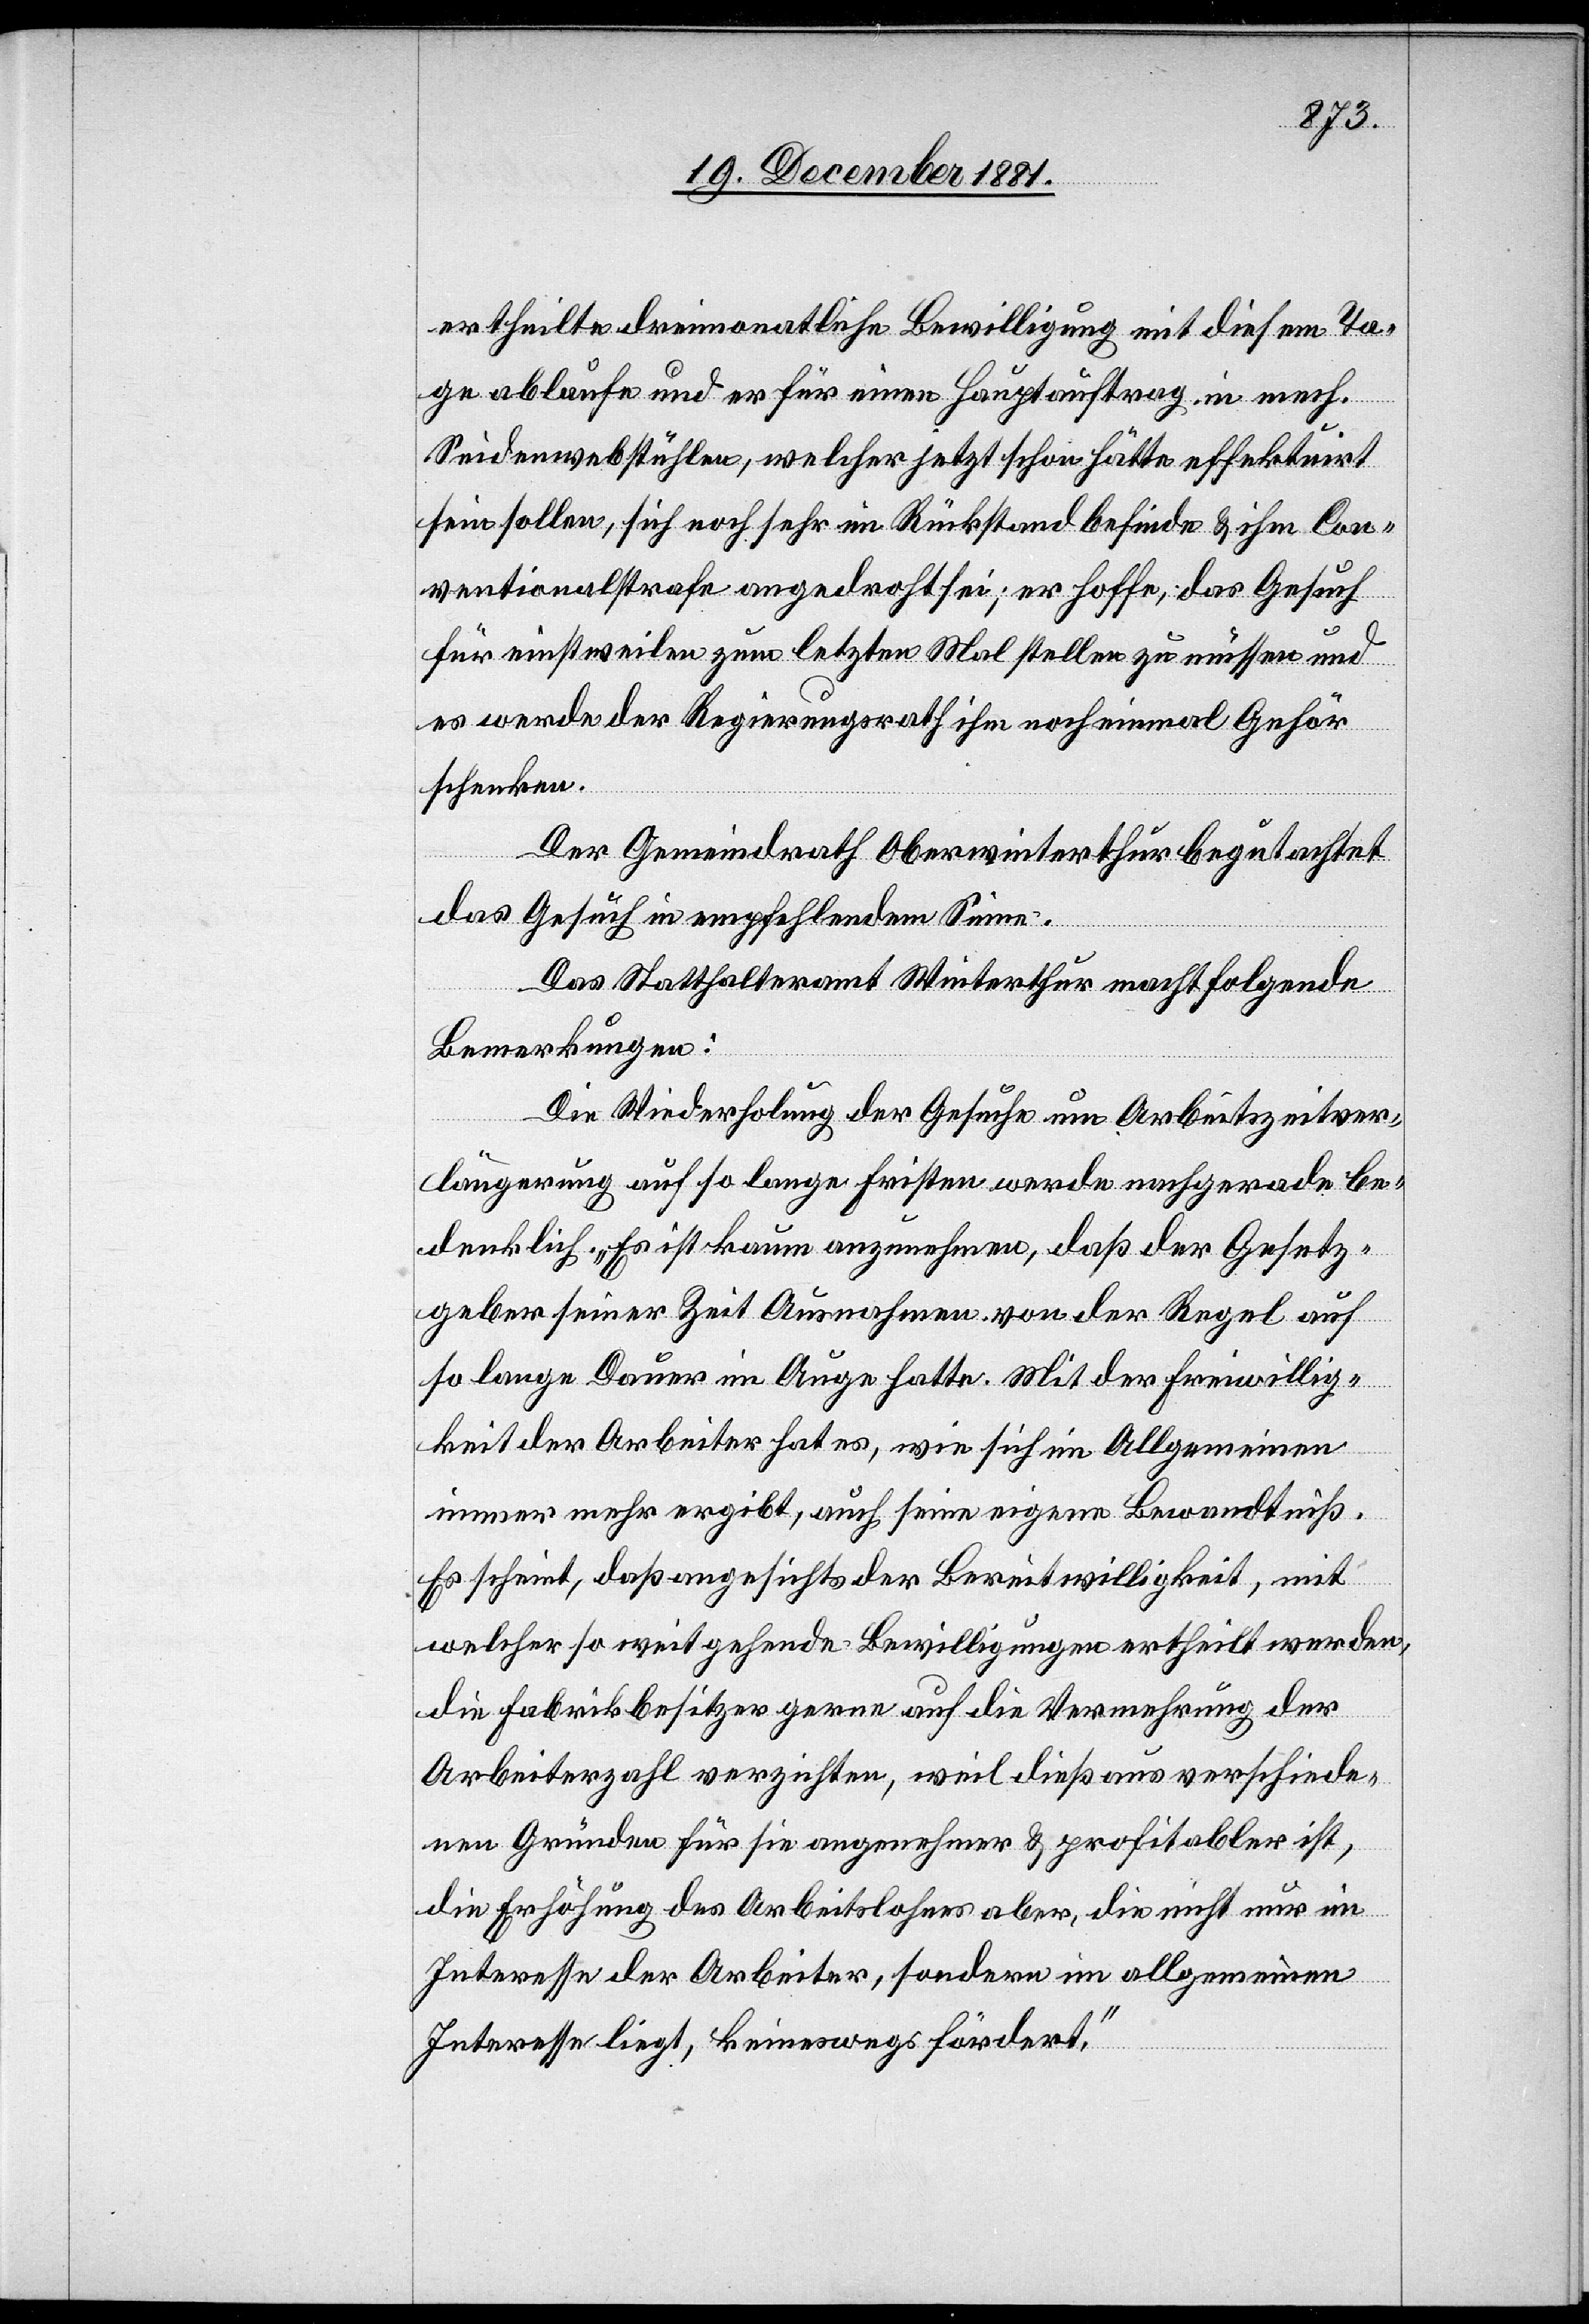
ertheilte dreimonatliche Bewilligung mit diesem Ta¬
ge ablaufe und er für einen Hauptauftrag in mech.
Seidenwebstühlen, welcher jetzt schon hätte effektuirt
sein sollen, sich noch sehr im Rückstand befinde & ihm Con¬
ventionalstrafe angedroht sei; er hoffe, das Gesuch
für einstweilen zum letzten Mal stellen zu müssen und
es werde der Regierungsrath ihm noch einmal Gehör
schenken.
Der Gemeindrath Oberwinterthur begutachtet
das Gesuch in empfehlendem Sinn.
Das Statthalteramt Winterthur macht folgende
Bemerkungen:
Die Wiederholung der Gesuche um Arbeitszeitver¬
längerung auf so lange Fristen werde nachgerade be¬
denklich. „Es ist kaum anzunehmen, daß der Gesetz¬
geber seiner Zeit Ausnahmen von der Regel auf
so lange Dauer im Auge hatte. Mit der Freiwillig¬
keit der Arbeiter hat es, wie sich im Allgemeinen
immer mehr ergibt, auch seine eigene Bewandtniß.
Es scheint, daß angesichts der Bereitwilligkeit, mit
welcher so weit gehende Bewilligungen ertheilt werden,
die Fabrikbesitzer gerne auf die Vermehrung der
Arbeiterzahl verzichten, weil dieß aus verschiede¬
nen Gründen für sie angenehmer & profitabler ist,
die Erhöhung des Arbeitslohnes aber, die nicht nur im
Interesse der Arbeiter, sondern im allgemeinen
Interesse liegt, keineswegs fördert.“